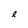
Character: e